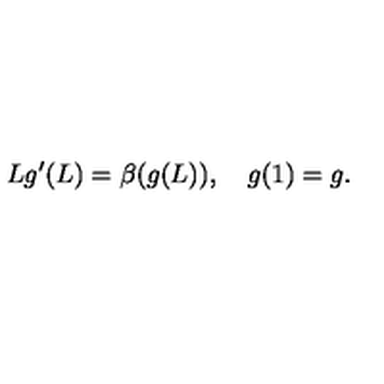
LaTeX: L g ^ { \prime } ( L ) = \beta ( g ( L ) ) , \quad g ( 1 ) = g .